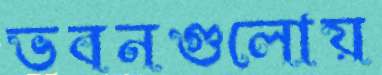
ভবনগুলোয়